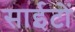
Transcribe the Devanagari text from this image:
साईटों